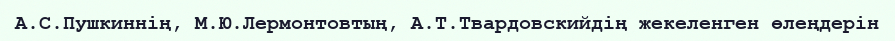
А.С.Пушкиннің, М.Ю.Лермонтовтың, А.Т.Твардовскийдің жекеленген өлеңдерін